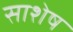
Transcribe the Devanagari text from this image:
साशेष